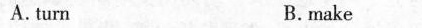
A.turn B.make